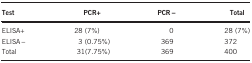
<table><thead><tr><td><b>Test</b></td><td><b>PCR+</b></td><td><b>PCR−</b></td><td><b>Total</b></td></tr></thead><tbody><tr><td>ELISA+</td><td>28 (7%)</td><td>0</td><td>28 (7%)</td></tr><tr><td>ELISA−</td><td>3 (0.75%)</td><td>369</td><td>372</td></tr><tr><td>Total</td><td>31(7.75%)</td><td>369</td><td>400</td></tr></tbody></table>